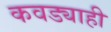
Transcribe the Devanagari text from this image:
कवड्याही